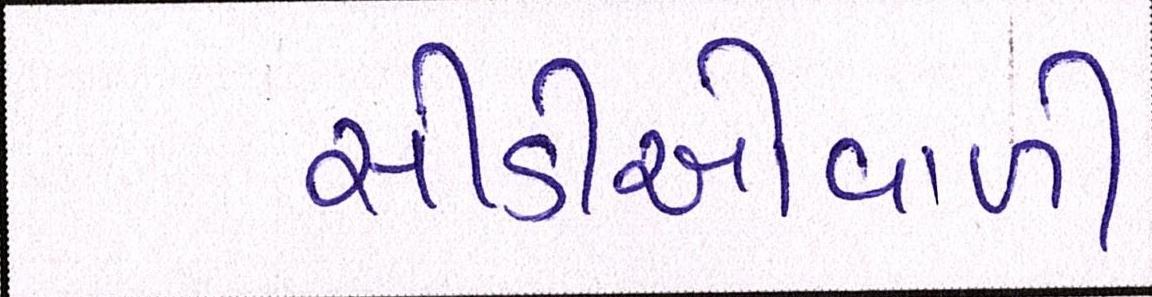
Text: સીડીઓવાળી